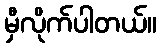
မှီလိုက်ပါတယ်။